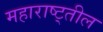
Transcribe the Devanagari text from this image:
महाराष्ट्तील